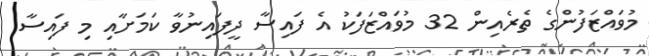
މުވައްޒަފުންގެ ތެރެއިން 32 މުވައްޒަފަކު އެ ފައިސާ ދީފައިނުވާ ކަމަށާއި މި ފައިސާ